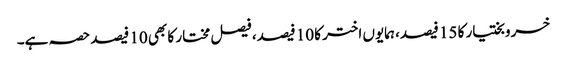
خسروبختیار کا 15 فیصد، ہمایوں اختر کا 10 فیصد، فیصل مختار کا بھی 10 فیصد حصہ ہے۔